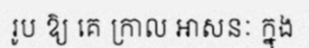
រូប ឱ្យ គេ ក្រាល អាសនៈ ក្នុង